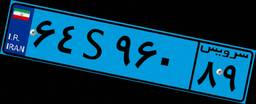
۰۴S۲۰۴۵۹